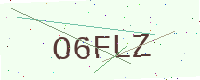
Text: O6FLZ